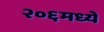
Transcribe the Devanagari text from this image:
२०६मध्ये